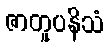
ဇာတူပနိသံ